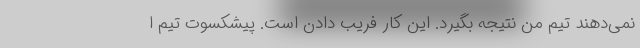
نمی‌دهند تیم من نتیجه بگیرد. این کار فریب دادن است. پیشکسوت تیم ا